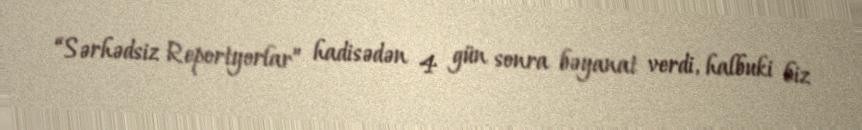
“Sərhədsiz Reportyorlar” hadisədən 4 gün sonra bəyanat verdi, halbuki biz